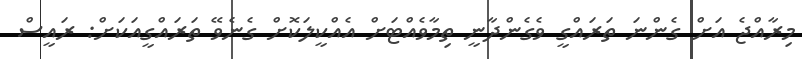
މިރާއްޖެ އަށް ގެންނަ ތަރައްގީ ވެގެންދާނީ ތިމާވެއްޓަށް އެއްކީލަކޮށް ގެނެވޭ ތަރައްގީއަކަށް: ރައީސް